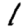
Digit: 1